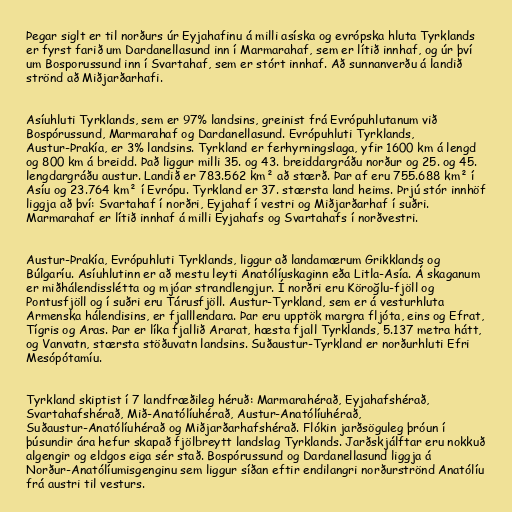
Þegar siglt er til norðurs úr Eyjahafinu á milli asíska og evrópska hluta Tyrklands
er fyrst farið um Dardanellasund inn í Marmarahaf, sem er lítið innhaf, og úr því
um Bosporussund inn í Svartahaf, sem er stórt innhaf. Að sunnanverðu á landið
strönd að Miðjarðarhafi.

Asíuhluti Tyrklands, sem er 97% landsins, greinist frá Evrópuhlutanum við
Bospórussund, Marmarahaf og Dardanellasund. Evrópuhluti Tyrklands,
Austur-Þrakía, er 3% landsins. Tyrkland er ferhyrningslaga, yfir 1600 km á lengd
og 800 km á breidd. Það liggur milli 35. og 43. breiddargráðu norður og 25. og 45.
lengdargráðu austur. Landið er 783.562 km² að stærð. Þar af eru 755.688 km² í
Asíu og 23.764 km² í Evrópu. Tyrkland er 37. stærsta land heims. Þrjú stór innhöf
liggja að því: Svartahaf í norðri, Eyjahaf í vestri og Miðjarðarhaf í suðri.
Marmarahaf er lítið innhaf á milli Eyjahafs og Svartahafs í norðvestri.

Austur-Þrakía, Evrópuhluti Tyrklands, liggur að landamærum Grikklands og
Búlgaríu. Asíuhlutinn er að mestu leyti Anatólíuskaginn eða Litla-Asía. Á skaganum
er miðhálendisslétta og mjóar strandlengjur. Í norðri eru Köroğlu-fjöll og
Pontusfjöll og í suðri eru Tárusfjöll. Austur-Tyrkland, sem er á vesturhluta
Armenska hálendisins, er fjalllendara. Þar eru upptök margra fljóta, eins og Efrat,
Tígris og Aras. Þar er líka fjallið Ararat, hæsta fjall Tyrklands, 5.137 metra hátt,
og Vanvatn, stærsta stöðuvatn landsins. Suðaustur-Tyrkland er norðurhluti Efri
Mesópótamíu.

Tyrkland skiptist í 7 landfræðileg héruð: Marmarahérað, Eyjahafshérað,
Svartahafshérað, Mið-Anatólíuhérað, Austur-Anatólíuhérað,
Suðaustur-Anatólíuhérað og Miðjarðarhafshérað. Flókin jarðsöguleg þróun í
þúsundir ára hefur skapað fjölbreytt landslag Tyrklands. Jarðskjálftar eru nokkuð
algengir og eldgos eiga sér stað. Bospórussund og Dardanellasund liggja á
Norður-Anatólíumisgenginu sem liggur síðan eftir endilangri norðurströnd Anatólíu
frá austri til vesturs.